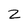
Character: 2